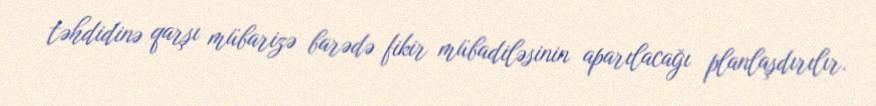
təhdidinə qarşı mübarizə barədə fikir mübadiləsinin aparılacağı planlaşdırılır.